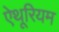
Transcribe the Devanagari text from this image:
ऐथूरियम